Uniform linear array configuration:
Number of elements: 48
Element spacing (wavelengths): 0.25
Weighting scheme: exponential
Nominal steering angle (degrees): -30
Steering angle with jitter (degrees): -29.982
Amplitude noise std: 0.05
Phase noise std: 0.05

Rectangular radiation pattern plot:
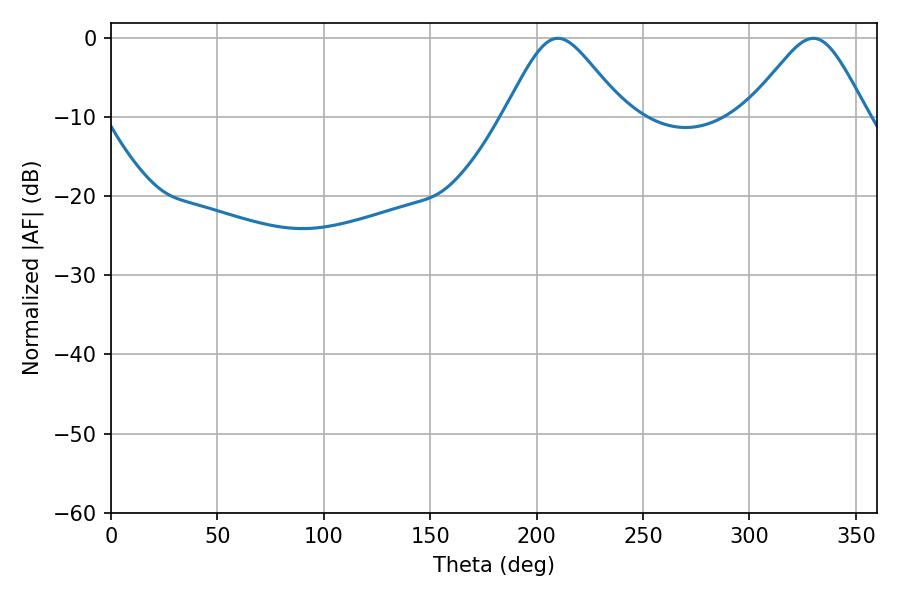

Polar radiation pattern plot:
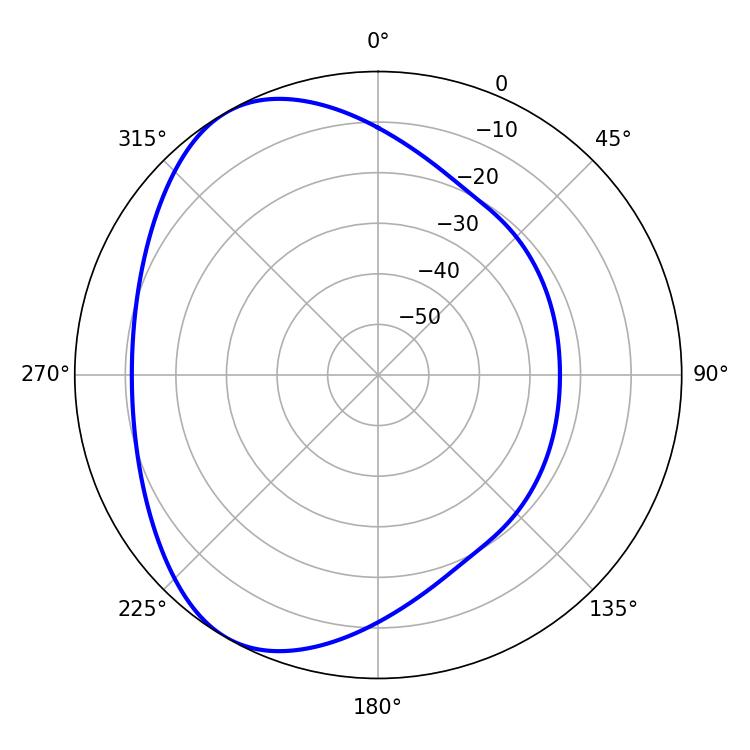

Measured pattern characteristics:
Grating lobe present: FALSE
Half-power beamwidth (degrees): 27.36
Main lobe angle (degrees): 210.06